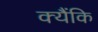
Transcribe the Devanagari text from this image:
क्यैंकि